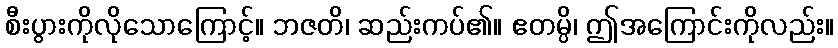
စီးပွားကိုလိုသောကြောင့်။ ဘဇတိ၊ ဆည်းကပ်၏။ ဧတမ္ပိ၊ ဤအကြောင်းကိုလည်း။